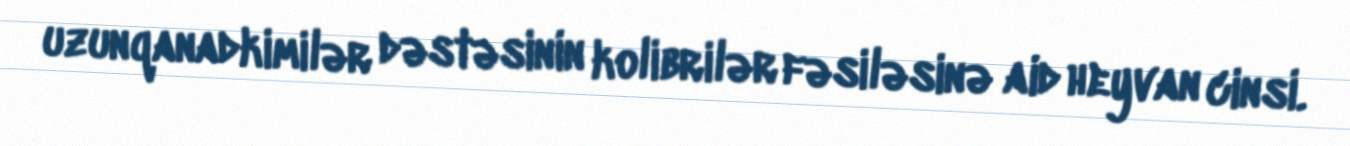
uzunqanadkimilər dəstəsinin kolibrilər fəsiləsinə aid heyvan cinsi.